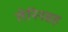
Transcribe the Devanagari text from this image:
लेनिनसह